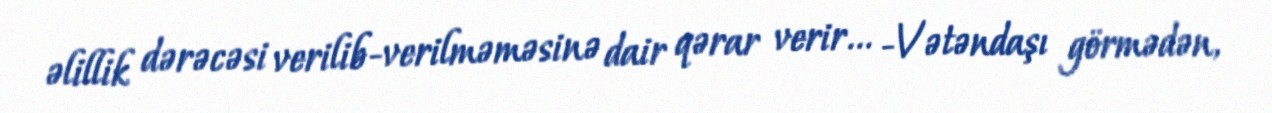
əlillik dərəcəsi verilib-verilməməsinə dair qərar verir... -Vətəndaşı görmədən,